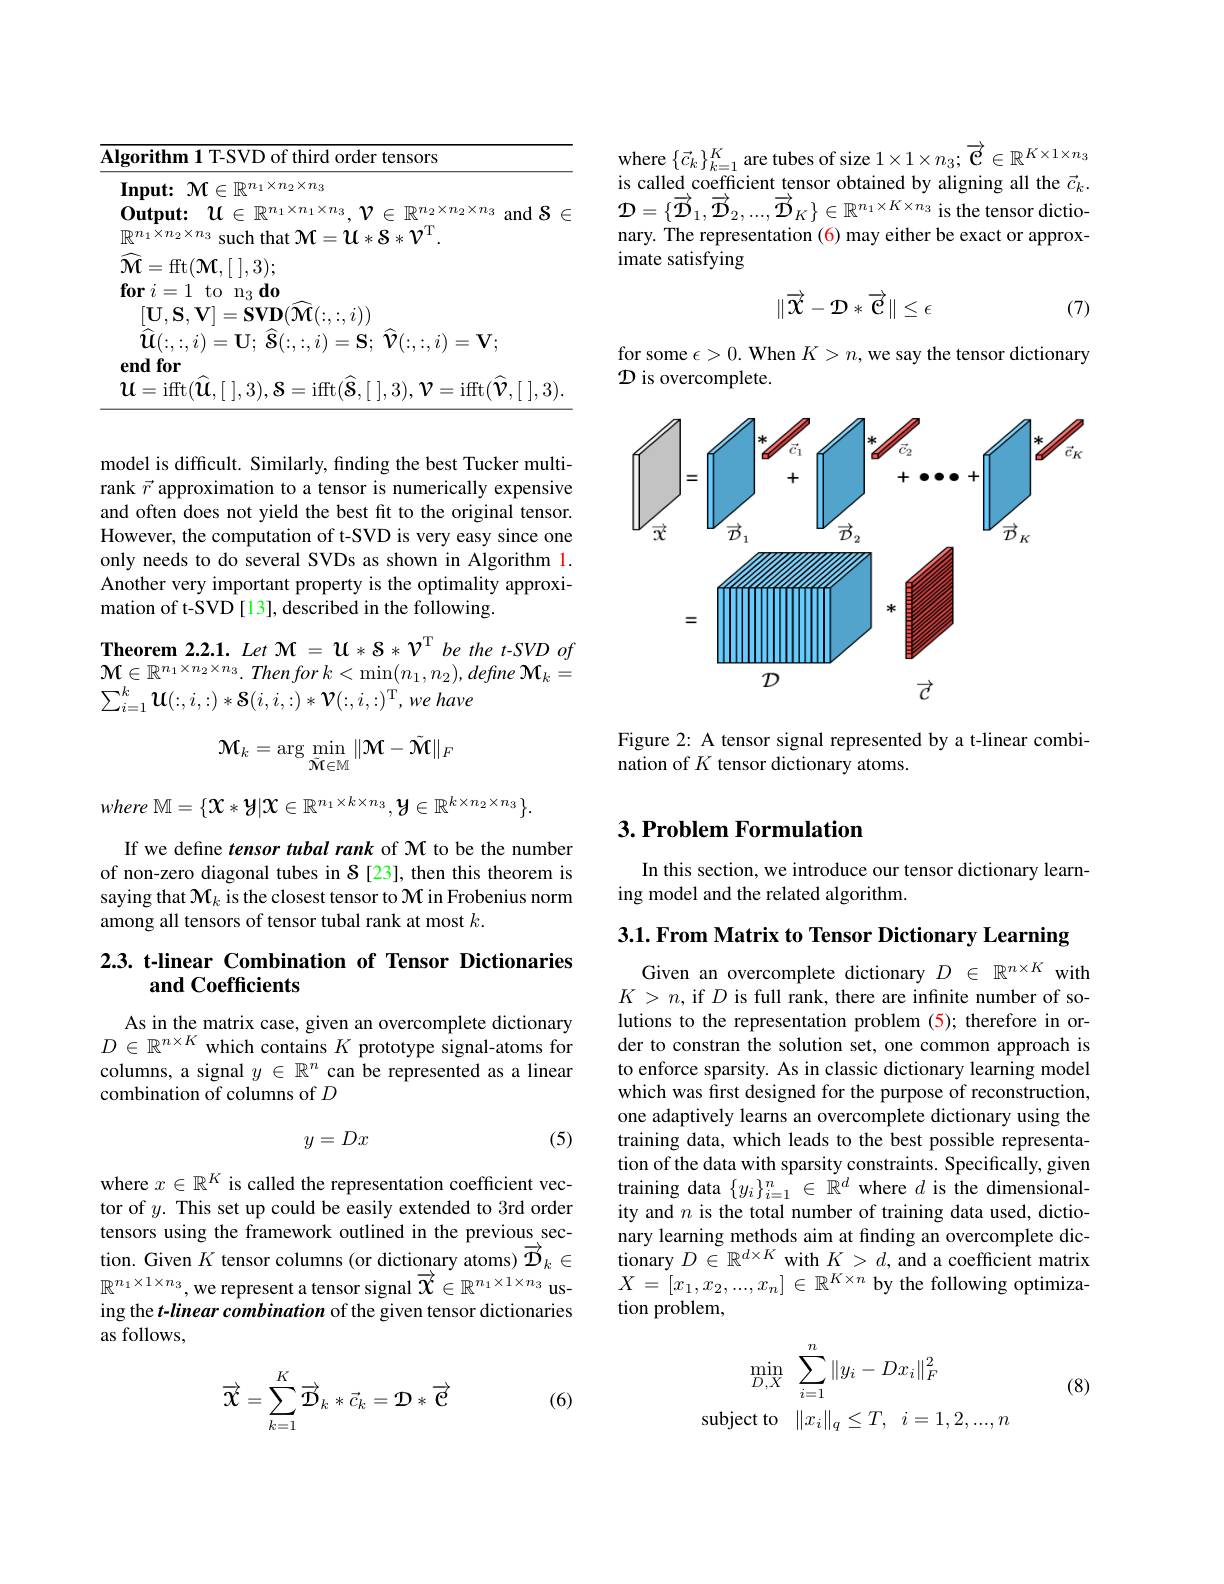
model is difficult. Similarly, finding the best Tucker multirank $\vec{r}$ approximation to a tensor is numerically expensive and often does not yield the best fit to the original tensor. However, the computation of t-SVD is very easy since one only needs to do several SVDs as shown in Algorithm 1. Another very important property is the optimality approximation of t-SVD[13], described in the following.

Theorem 2.2.1. Let $\mathcal{M} = \mathcal{U} * \mathcal{S} * \mathcal{V} ^\mathrm{T}$ be the t-SVD of ${\mathcal{M} }\in \mathbb{R} ^{n_1\times n_2\times n_3}. Thenfor$ $k< \min ( n_1, n_2) , define$ ${\mathcal{M} }_k=$ $\sum _{i= 1}^k\boldsymbol{u}( : , i, : ) * \boldsymbol{S}( i, i, : ) * \boldsymbol{V}( : , i, : ) ^{\mathrm{T} }, we$ have
$$\mathcal{M}_k=\arg\min_{\tilde{\mathcal{M}}\in\mathbb{M}}\|\mathcal{M}-\tilde{\mathcal{M}}\|_F$$
$where\mathbb{M}=\{\mathcal{X}*\mathcal{Y}|\mathcal{X}\in\mathbb{R}^{n_1\times k\times n_3},\mathcal{Y}\in\mathbb{R}^{k\times n_2\times n_3}\}.$

If we define tensor tubal rank of M to be the number of non-zero diagonal tubes in $S$ [23], then this theorem is saying that $\mathcal{M}_k$ is the closest tensor to $\mathcal{M}$ in Frobenius norm among all tensors of tensor tubal rank at most $k.$

## 2.3. t-linear Combination of Tensor Dictionaries and Coefficients

As in the matrix case, given an overcomplete dictionary $D\in\mathbb{R}^{n\times K}$ which contains $K$ prototype signal-atoms for columns, a signal $y\in\mathbb{R}^n$ can be represented as a linear combination of columns of $D$
$$y=Dx$$
(5)

where $x\in\mathbb{R}^K$ is called the representation coefficient vector of $y.$ This set up could be easily extended to 3rd order tensors using the framework outlined in the previous section. Given $K$ tensor columns (or dictionary atoms) $\vec{\mathcal{D}}_k\in$ $\mathbb{R}^{n_1\times1\times n_3}$,we represent a tensor signal $\overrightarrow{x}\in\mathbb{R}^{n_1\times1\times n_3}$ using the t-linear combination of the given tensor dictionaries as follows,

(6)
$$\overrightarrow{\mathcal{X}}=\sum_{k=1}^K\overrightarrow{\mathcal{D}}_k*\vec{c}_k=\mathcal{D}*\overrightarrow{\mathcal{C}}$$
where $\{\vec{c}_k\}_{k=1}^K$ are tubes of size $1\times1\times n_3;\vec{\boldsymbol{c}}\in\mathbb{R}^K\times1\times n_3$ is called coefficient tensor obtained by aligning all the $\vec{c}_k.$ $\mathcal{D}=\{\vec{\mathcal{D}}_1,\vec{\mathcal{D}}_2,...,\vec{\mathcal{D}}_K\}\in\mathbb{R}^{n_1\times K\times n_3}$ is the tensor dictionary. The representation (6) may either be exact or approximate satisfying
$$\|\vec{\mathcal{X}}-\mathcal{D}*\overrightarrow{\mathcal{C}}\|\leq\epsilon $$
(7)

for some $\epsilon>0.$ When $K>n$,we say the tensor dictionary
D is overcomplete.

<FigureHere>

Figure 2: A tensor signal represented by a t-linear combi-
nation of $K$ tensor dictionary atoms.

## $3. \textbf{Problem Formulation}$

In this section, we introduce our tensor dictionary learn-
ing model and the related algorithm.

$3. 1. \textbf{From Matrix to Tensor Dictionary Learning}$

Given an overcomplete dictionary $D\in\mathbb{R}^{n\times K}$ with $K>n$, if $D$ is full rank, there are infinite number of solutions to the representation problem (5); therefore in order to constran the solution set, one common approach is to enforce sparsity. As in classic dictionary learning model which was first designed for the purpose of reconstruction, one adaptively learns an overcomplete dictionary using the training data, which leads to the best possible representation of the data with sparsity constraints. Specifically, given training data $\{y_i\}_{i=1}^n\in\mathbb{R}^d$ where $d$ is the dimensionality and $n$ is the total number of training data used, dictionary learning methods aim at fnding an overcomplete dic- $\dot{\text{tionary }D\in\mathbb{R}^{d\times K}}$ with $K>\bar d,\bar\text{and a coefficient matrix}$ $X=[x_1,x_2,...,x_n]\in\mathbb{R}^{K\times n}$ by the following optimization problem,

(8)
$$\begin{aligned}\min_{D,X}&\sum_{i=1}^{n}\|y_{i}-Dx_{i}\|_{F}^{2}\\\mathrm{subject~to}&\|x_{i}\|_{q}\leq T,\:i=1,2,...,n\end{aligned}$$